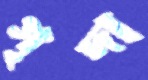
গৃদা